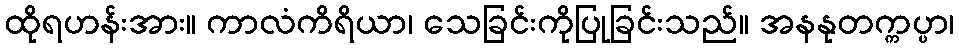
ထိုရဟန်းအား။ ကာလံကိရိယာ၊ သေခြင်းကိုပြုခြင်းသည်။ အနနုတက္ကပ္ပာ၊